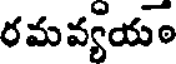
రమవ్యయం